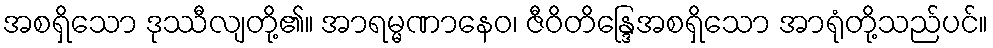
အစရှိသော ဒုဿီလျတို့၏။ အာရမ္မဏာနေဝ၊ ဇီဝိတိန္ဒြေအစရှိသော အာရုံတို့သည်ပင်။